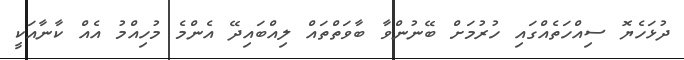
ދުޅަހެޔޮ ސިއްހަތެއްގައި ހުރުމަށް ބޭނުންވާ ބާވަތްތައް ލިއްބައިދޭ އެންމެ މުހިއްމު އެއް ކާނާއަކީ